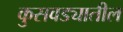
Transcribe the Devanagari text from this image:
कुसवड्यातील